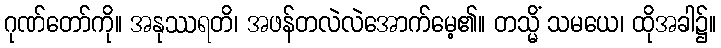
ဂုဏ်တော်ကို။ အနုဿရတိ၊ အဖန်တလဲလဲအောက်မေ့၏။ တသ္မိံ သမယေ၊ ထိုအခါ၌။